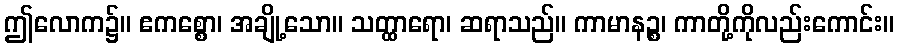
ဤလောက၌။ ဧကစ္စော၊ အချို့သော။ သတ္ထာရော၊ ဆရာသည်။ ကာမာနဉ္စ၊ ကာတို့ကိုလည်းကောင်း။